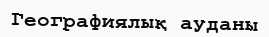
Географиялық ауданы